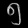
Digit: ၅